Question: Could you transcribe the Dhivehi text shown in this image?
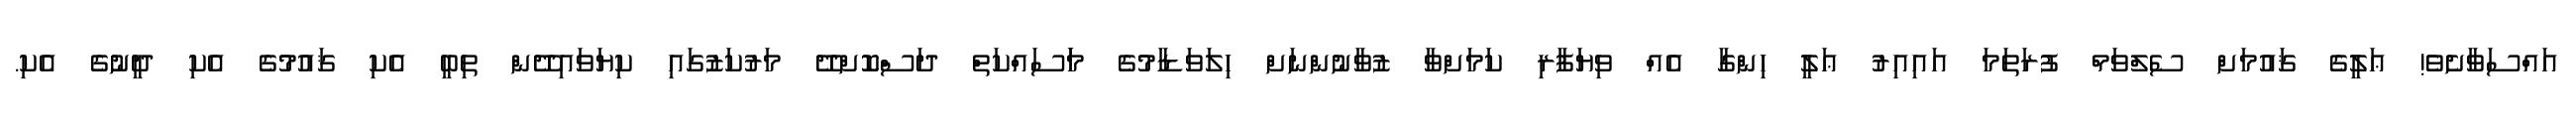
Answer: އައްސަވާށެވެ! ޢަލީގެ ޤައުމަށް ސެލްވަމް ފުރަތަމަ އައިއިރު ޢަލީ ހިންގާ އެއް ވިޔަފާރި ކަމަށްވާ ޒުވާނުންނަށް ހިލަވަޑާމުގެ މަަސައްކަތް ދަސްކޮށްދޭ މަރުކަޒުގައި ކިޔަވައިދޭން ތިބީ އެކި ޤައުމުގެ އެކި ދީނުގެ އެކި.